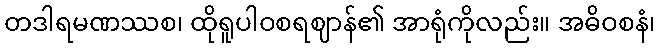
တဒါရမဏဿစ၊ ထိုရူပါဝစရဈာန်၏ အာရုံကိုလည်း။ အဓိဝစနံ၊